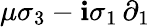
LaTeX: \mu\sigma_{3}-\mathbf{i}\sigma_{1}\, \partial_{1}